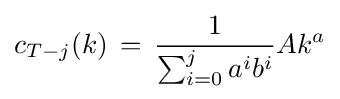
c_{T-j}(k)\,=\,{\frac {1}{\sum _{i=0}^{j}a^{i}b^{i}}}Ak^{a}